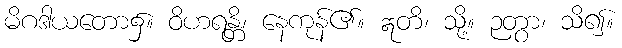
မိဂဒါယတော၌။ ဝိဟရန္တိ၊ နေကုန်၏။ ဣတိ၊ သို့။ ဉတွာ၊ သိ၍။